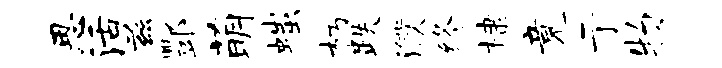
思活兹酆萌嗤朽跌濮终棣竟亍物